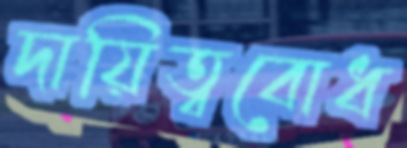
দায়িত্ববোধ